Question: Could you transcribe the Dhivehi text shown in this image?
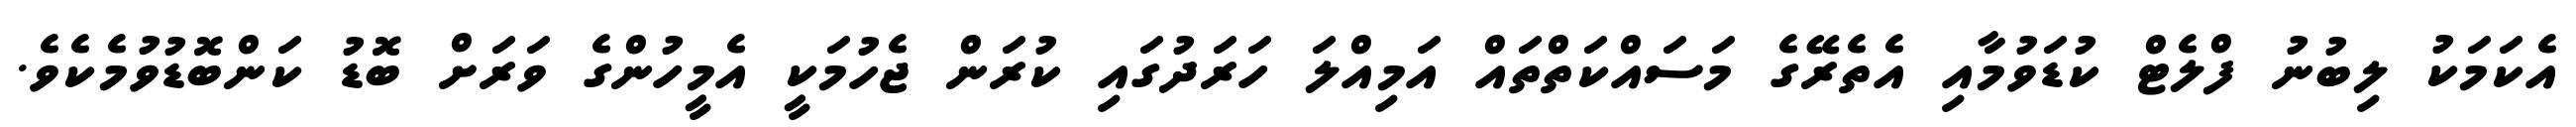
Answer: އެކަމަކު ލިބުނު ފްލެޓް ކުޑަވުމާއި އެތެރޭގެ މަސައްކަތްތައް އަމިއްލަ ހަރަދުގައި ކުރަން ޖެހުމަކީ އެމީހުންގެ ވަރަށް ބޮޑު ކަންބޮޑުވުމެކެވެ.